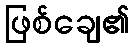
ဖြစ်ချေ၏